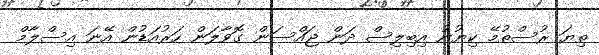
ތިޔަ ރުސްތުމޭ ކިޔުނު އިބިިލިސް ދަން ޖައްސަން ގޮވާލަން ހަރުއަޑުން އޭނަ އިސްލާމް